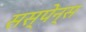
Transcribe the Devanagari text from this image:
सस्पेन्स